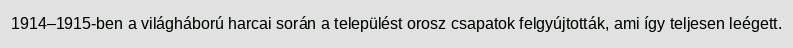
1914–1915-ben a világháború harcai során a települést orosz csapatok felgyújtották, ami így teljesen leégett.